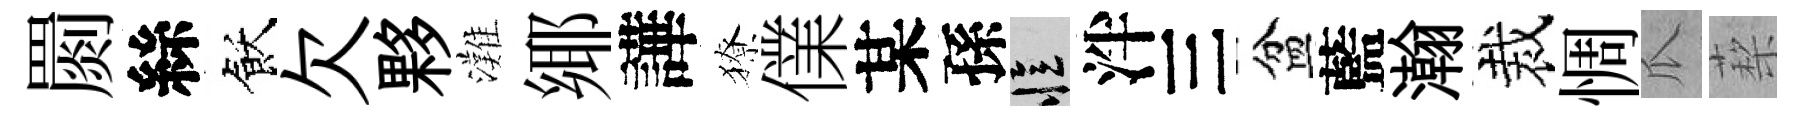
罽絲飫欠夥灘鄊譁獠㒒某孫忆泮三盆藍瀚裁惆瓜蔾